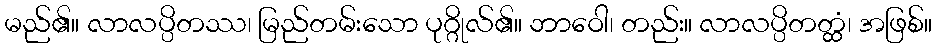
မည်၏။ လာလပ္ပိတဿ၊ မြည်တမ်းသော ပုဂ္ဂိုလ်၏။ ဘာဝေါ၊ တည်း။ လာလပ္ပိတတ္ထံ၊ အဖြစ်။